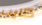
كايب